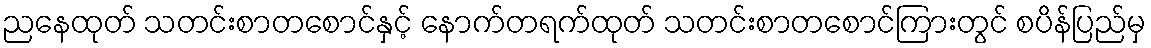
ညနေထုတ် သတင်းစာတစောင်နှင့် နောက်တရက်ထုတ် သတင်းစာတစောင်ကြားတွင် စပိန်ပြည်မှ